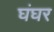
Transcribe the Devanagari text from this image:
घंघर